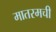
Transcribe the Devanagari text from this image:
मातरमची